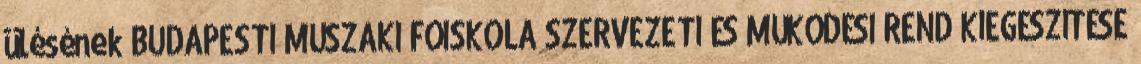
ülésének BUDAPESTI MŰSZAKI FŐISKOLA SZERVEZETI ÉS MŰKÖDÉSI REND KIEGÉSZÍTÉSE